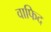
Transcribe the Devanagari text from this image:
वाफिद